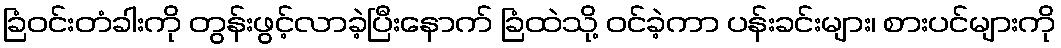
ခြံဝင်းတံခါးကို တွန်းဖွင့်လာခဲ့ပြီးနောက် ခြံထဲသို့ ဝင်ခဲ့ကာ ပန်းခင်းများ၊ စားပင်များကို